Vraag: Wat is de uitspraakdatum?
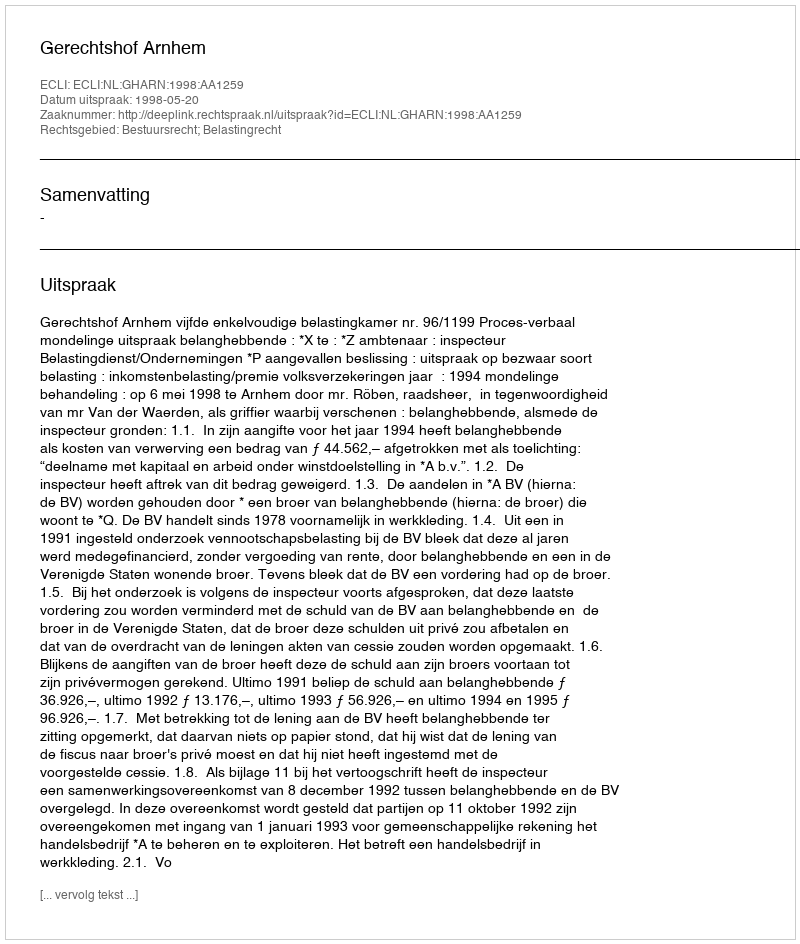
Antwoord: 1998-05-20